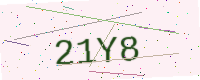
Text: 21Y8